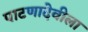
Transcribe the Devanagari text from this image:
पाटणादेवीला